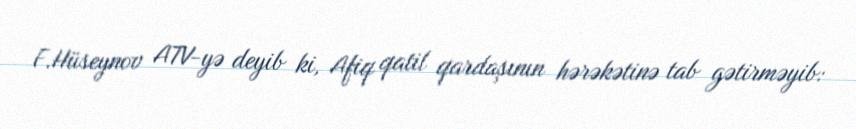
F.Hüseynov ATV-yə deyib ki, Afiq qatil qardaşının hərəkətinə tab gətirməyib: